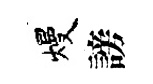
熳謗